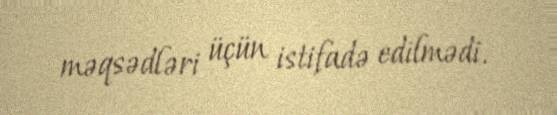
məqsədləri üçün istifadə edilmədi.